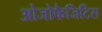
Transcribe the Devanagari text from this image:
ओजोफैजिटिस